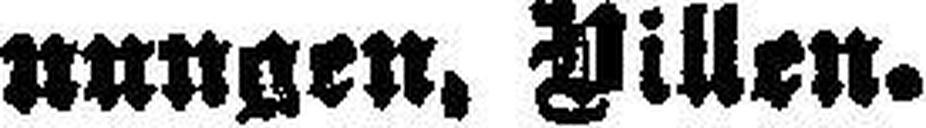
nungen, Villen.